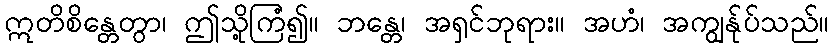
ဣတိစိန္တေတွာ၊ ဤသို့ကြံ၍။ ဘန္တေ၊ အရှင်ဘုရား။ အဟံ၊ အကျွန်ုပ်သည်။